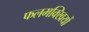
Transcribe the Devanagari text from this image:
फलमक्खियों